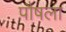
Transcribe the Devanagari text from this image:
पौषला